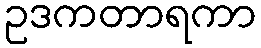
ဥဒကတာရကာ